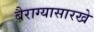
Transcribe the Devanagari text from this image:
बैराग्यासारखे